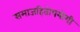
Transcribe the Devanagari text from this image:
समाजहितोपयोगी